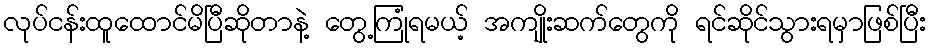
လုပ်ငန်းထူထောင်မိပြီဆိုတာနဲ့ တွေ့ကြုံရမယ့် အကျိုးဆက်တွေကို ရင်ဆိုင်သွားရမှာဖြစ်ပြီး